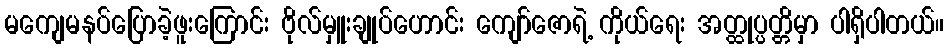
မကျေမနပ်ပြောခဲ့ဖူးကြောင်း ဗိုလ်မှူးချုပ်ဟောင်း ကျော်ဇောရဲ့ ကိုယ်ရေး အတ္ထုပ္ပတ္တိမှာ ပါရှိပါတယ်။